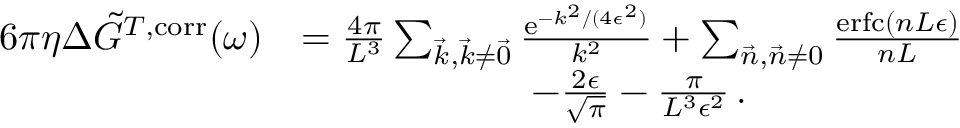
\begin{array} { r l } { 6 \pi \eta \Delta \Tilde { G } ^ { T , \mathrm { c o r r } } ( \omega ) } & { = \frac { 4 \pi } { L ^ { 3 } } \sum _ { \vec { k } , \vec { k } \neq \vec { 0 } } \frac { \mathrm { e } ^ { - k ^ { 2 } / ( 4 \epsilon ^ { 2 } ) } } { k ^ { 2 } } + \sum _ { \vec { n } , \vec { n } \neq 0 } \frac { \mathrm { e r f c } \left( n L \epsilon \right) } { n L } } \\ & { \qquad \qquad \qquad - \frac { 2 \epsilon } { \sqrt { \pi } } - \frac { \pi } { L ^ { 3 } \epsilon ^ { 2 } } \, . } \end{array}